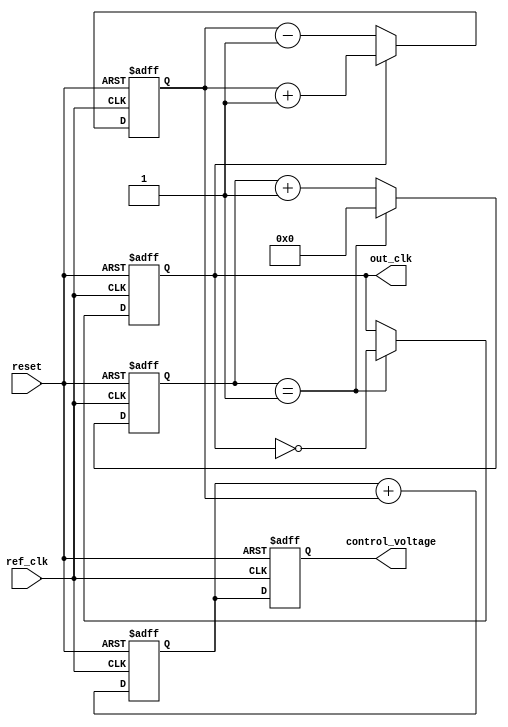
module MemoryBlocksLinearPLL (
    input wire ref_clk,          // Reference clock input
    input wire reset,           // Asynchronous reset
    output reg out_clk,         // Output clock
    output reg [7:0] control_voltage // Control voltage for VCO
);

// Parameters
parameter VCO_MAX_FREQ = 100; // Maximum frequency for VCO
parameter VCO_MIN_FREQ = 10;   // Minimum frequency for VCO
parameter DIV_FACTOR = 2;      // Frequency divider factor

// Internal signals
reg [7:0] phase_error;         // Phase error signal
reg [7:0] loop_filter_output;   // Output of the loop filter
reg [7:0] vco_output;           // VCO output frequency
reg [7:0] vco_control;          // Control signal for VCO
reg [3:0] divider_count;        // Counter for frequency divider

// Phase Detector
always @(posedge ref_clk or posedge reset) begin
    if (reset) begin
        phase_error <= 8'b0;
    end else begin
        // Simple phase detection logic (leading/lagging)
        if (out_clk) begin
            phase_error <= phase_error + 1; // Increment if out_clk is leading
        end else begin
            phase_error <= phase_error - 1; // Decrement if out_clk is lagging
        end
    end
end

// Loop Filter (Simple Integrator)
always @(posedge ref_clk or posedge reset) begin
    if (reset) begin
        loop_filter_output <= 8'b0;
    end else begin
        loop_filter_output <= loop_filter_output + phase_error; // Integrate phase error
    end
end

// Voltage-Controlled Oscillator (VCO)
always @(posedge ref_clk or posedge reset) begin
    if (reset) begin
        vco_output <= VCO_MIN_FREQ; // Start at minimum frequency
    end else begin
        // Control VCO output based on loop filter output
        if (loop_filter_output > 8'd128) begin
            vco_output <= vco_output + 1; // Increase frequency
        end else if (loop_filter_output < 8'd128) begin
            vco_output <= vco_output - 1; // Decrease frequency
        end
        // Clamp VCO output to max/min frequency
        if (vco_output > VCO_MAX_FREQ) begin
            vco_output <= VCO_MAX_FREQ;
        end else if (vco_output < VCO_MIN_FREQ) begin
            vco_output <= VCO_MIN_FREQ;
        end
    end
end

// Frequency Divider (optional)
always @(posedge ref_clk or posedge reset) begin
    if (reset) begin
        divider_count <= 4'b0;
        out_clk <= 1'b0;
    end else begin
        if (divider_count == DIV_FACTOR - 1) begin
            out_clk <= ~out_clk; // Toggle output clock
            divider_count <= 4'b0; // Reset counter
        end else begin
            divider_count <= divider_count + 1; // Increment counter
        end
    end
end

// Control Voltage Output
always @(posedge ref_clk or posedge reset) begin
    if (reset) begin
        control_voltage <= 8'b0;
    end else begin
        control_voltage <= loop_filter_output; // Output control voltage
    end
end

endmodule